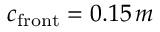
c _ { \mathrm { f r o n t } } = 0 . 1 5 \, m